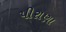
પીરાણા